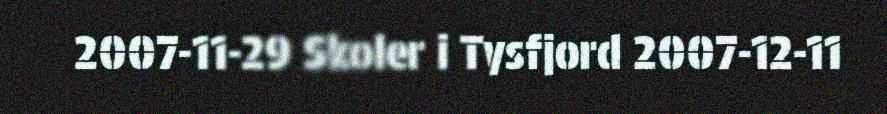
2007-11-29 Skoler i Tysfjord 2007-12-11